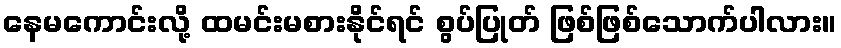
နေမကောင်းလို့ ထမင်းမစားနိုင်ရင် စွပ်ပြုတ် ဖြစ်ဖြစ်သောက်ပါလား။